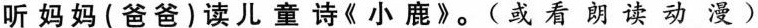
听妈妈(爸爸)读儿童诗《小鹿》。(或看朗读动漫)